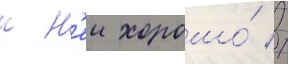
к н'еи хорошо́ //